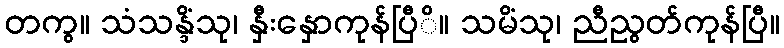
တကွ။ သံသန္ဒိံသု၊ နှီးနှောကုန်ပြီိ။ သမိံသု၊ ညီညွတ်ကုန်ပြီ။